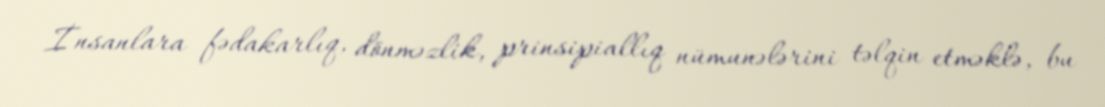
İnsanlara fədakarlıq, dönməzlik, prinsipiallıq nümunələrini təlqin etməklə, bu